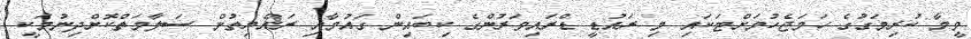
ވީމާ ކުރިމަގުގެ ހަމަޖެހުމަށްޓަކައި މި ރައުޑީ ޑްރައިވަރުންގެ ކިބައިން ގައުމާއި ރައްޔިތުން ސަލާމަތްކޮށްދިނުމަކީ